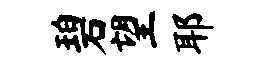
碧望耶